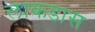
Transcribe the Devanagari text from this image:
लाकडास